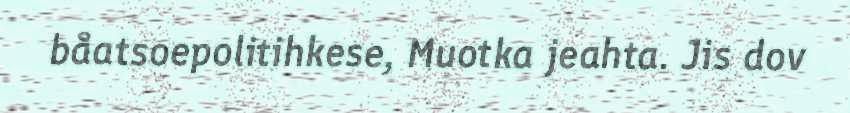
båatsoepolitihkese, Muotka jeahta. Jis dov